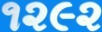
૧૨૯૨